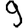
Digit: 9